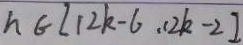
h \in [ 1 2 k - 6 , 1 2 k - 2 ]